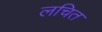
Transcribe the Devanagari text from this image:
लचित